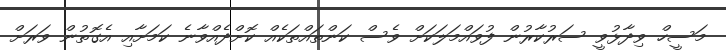
މަސީހް ވިދާޅުވީ ސަރުކާރުން ފުވައްމަލަކަށް ވެސް ކަންތައްތަކެއް ކޮށްދެއްވާނެ ކަމަށާއި އެގޮތުން ވަރަށް